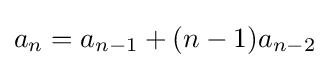
a_{n}=a_{n-1}+(n-1)a_{n-2}